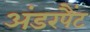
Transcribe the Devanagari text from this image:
अंडरपैंट